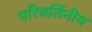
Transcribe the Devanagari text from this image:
परिवर्तिनीय